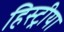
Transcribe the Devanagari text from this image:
हिस्ट्रीया